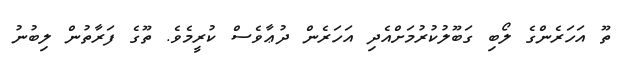
ތޫ އަހަރެންގެ ލޯބި ގަބޫލުކުރުމަށްއެދި އަހަރެން ދުޢާވެސް ކުރީމެވެ. ތޫގެ ފަރާތުން ލިބުނު